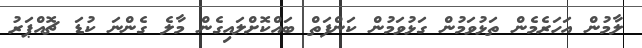
ލާމުން އަހަރެމެން ތަޅުވަމުން ގަޅުވަމުން ކަންފަތް ބައްކޮށްލައިގެން މާލެ ގެންނަ ކުޑަ ޗޮއްޕަރު